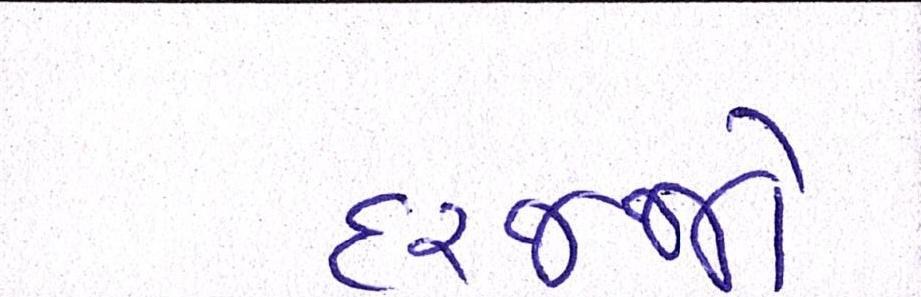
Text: દરજ્જો